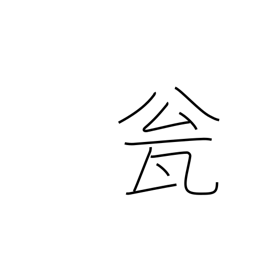
Meaning: jug